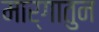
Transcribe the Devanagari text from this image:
मार्गातुन